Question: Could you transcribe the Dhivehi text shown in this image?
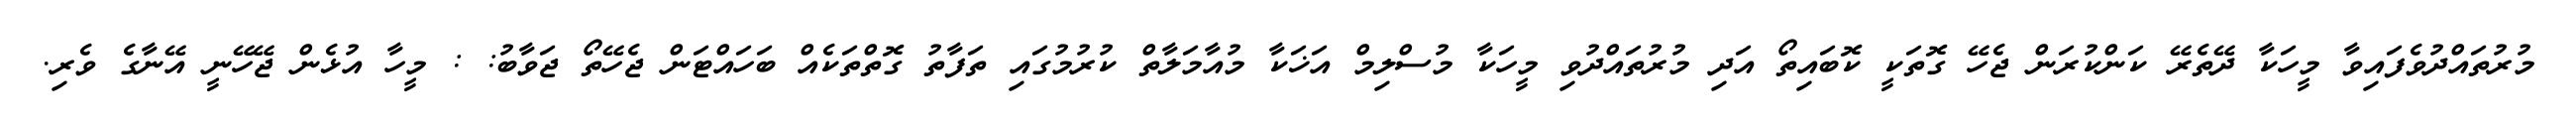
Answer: މުރުތައްދުވެފައިވާ މީހަކާ ދޭތެރޭ ކަންކުރަން ޖެހޭ ގޮތަކީ ކޮބައިތޯ އަދި މުރުތައްދުވި މީހަކާ މުސްލިމް އަޚަކާ މުއާމަލާތް ކުރުމުގައި ތަފާތު ގޮތްތަކެއް ބަހައްޓަން ޖެހޭތޯ ޖަވާބު: : މީހާ އުޅެން ޖޭހޭނީ އޭނާގެ ވެރި.